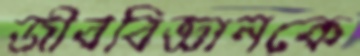
জীববিজ্ঞানকে